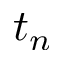
t _ { n }